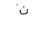
Letter: _ta